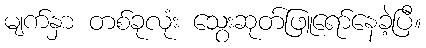
မျက်နှာ တစ်ခုလုံး သွေးဆုတ်ဖြူရော်နေခဲ့ပြီ။